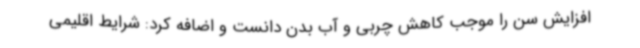
افزایش سن را موجب کاهش چربی و آب بدن دانست و اضافه کرد: شرایط اقلیمی